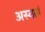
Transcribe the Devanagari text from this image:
अस्वलं